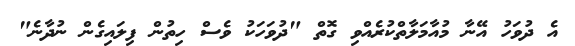
އެ ދުވަހު އޭނާ މުއާމަލާތްކުރެއްވި ގޮތް "ދުވަހަކު ވެސް ހިތުން ފިލައިގެން ނުދާނެ"